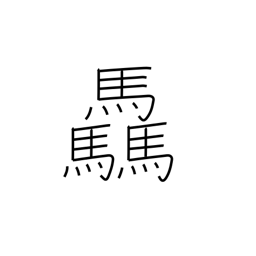
Meaning: many horses